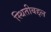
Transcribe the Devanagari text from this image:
स्थितीबद्दल